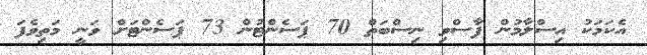
އެކަމަކު އިސްލާމުން ފާސްވި ނިސްބަތް 70 ޕަސެންޓުން 73 ޕަސެންޓަށް ވަނީ މަތިވެފަ